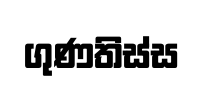
ගුණතිස්ස